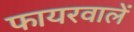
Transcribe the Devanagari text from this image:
फायरवालें